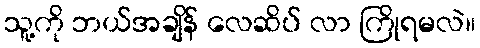
သူ့ကို ဘယ်အချိန် လေဆိပ် လာ ကြိုရမလဲ။